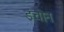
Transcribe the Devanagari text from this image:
इंचोन